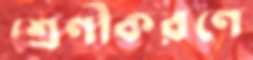
শ্রেণীকরণে